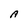
Character: A